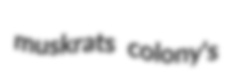
muskrats colony's